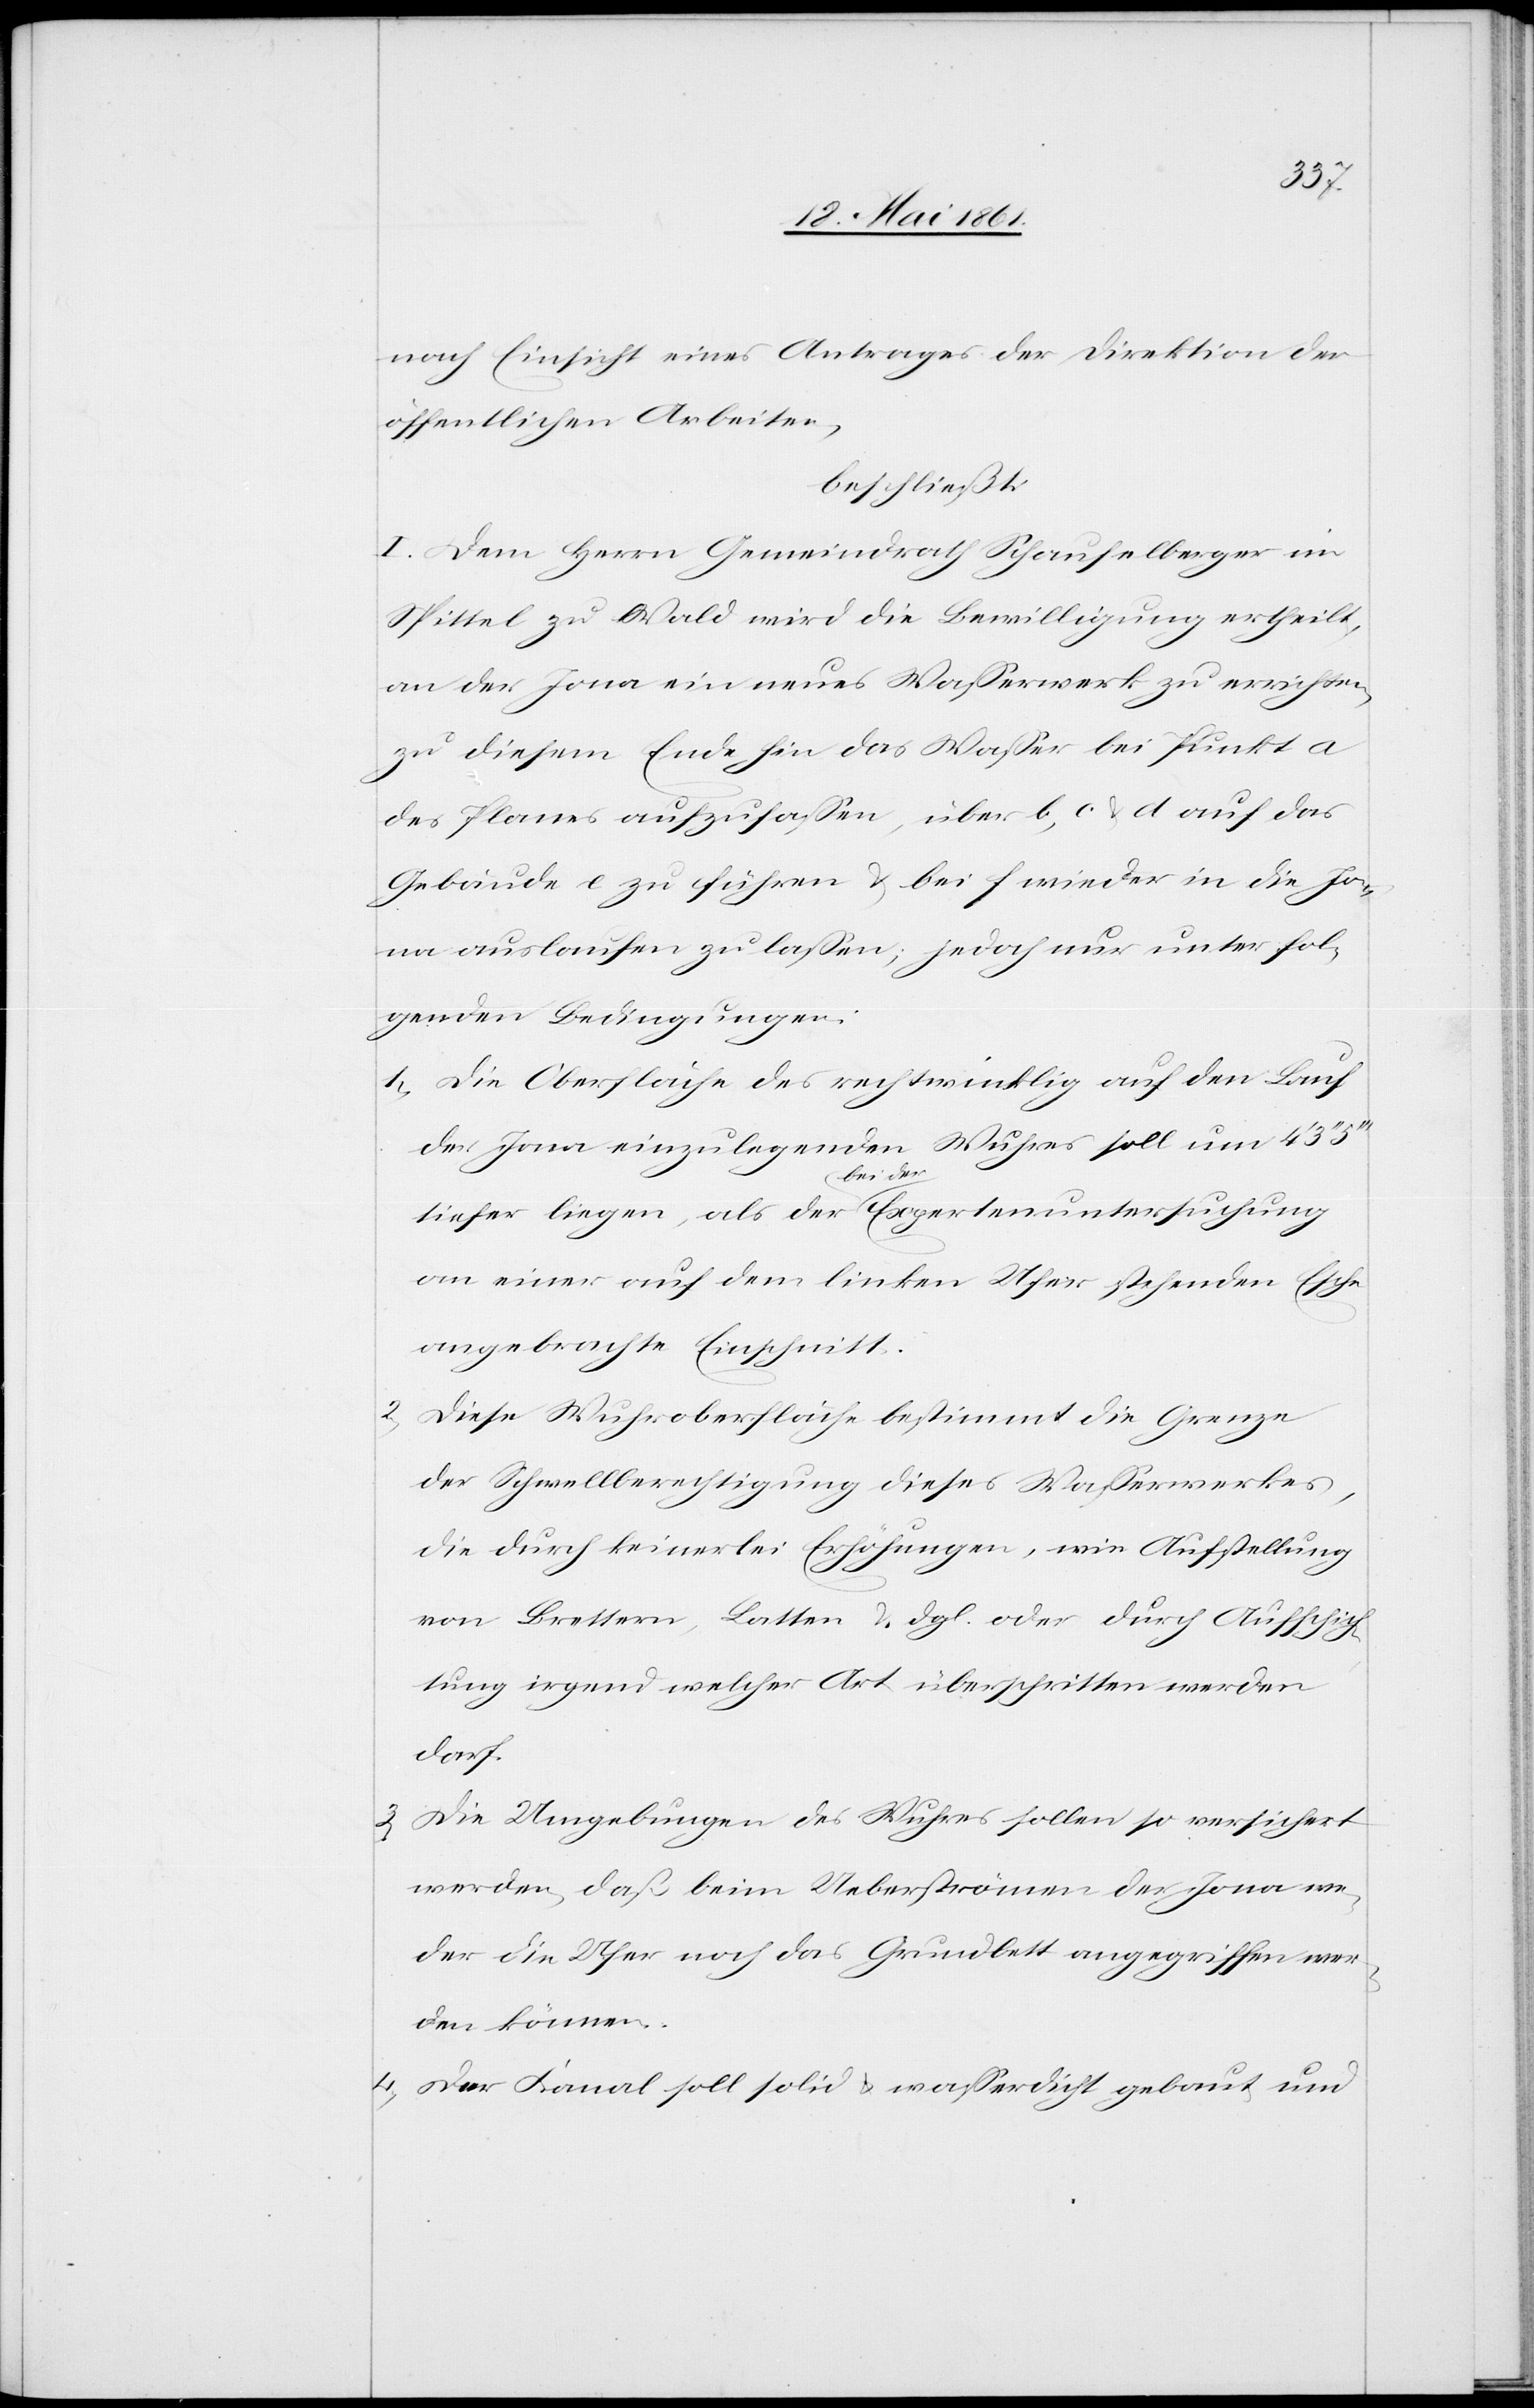
nach Einsicht eines Antrages der Direktion der
öffentlichen Arbeiten,
beschließt:
I. Dem Herrn Gemeindrath Schaufelberger im
Spittel zu Wald wird die Bewilligung ertheilt,
an der Jona ein neues Wasserwerk zu errichten,
zu diesem Ende hin das Wasser bei Punkt a
des Planes aufzufassen, über b, c u. d auf das
Gebäude e zu führen u. bei f wieder in die Jo¬
na auslaufen zu lassen; jedoch nur unter fol¬
genden Bedingungen:
1. Die Oberfläche des rechtwinklig auf den Lauf
Wuhres soll um 4’ 3’’
der Jona einzulegenden
tiefer liegen, als der bei der Expertenuntersuchung
an einer auf dem linken Ufer stehenden Eiche
angebrachte Einschnitt.
2. Diese Wuhroberfläche bestimmt die Grenze
der Schwellberechtigung dieses Wasserwerkes,
die durch keinerlei Erhöhungen, wie Aufstellung
von Brettern, Latten u. dgl. oder durch Aufschich¬
tung irgend welcher Art überschritten werden
darf.
3. Die Umgebungen des Wuhres sollen so versichert
werden, daß beim Ueberströmen der Jona we¬
der die Ufer noch das Grundbett angegriffen wer¬
den können.
4. Der Kanal soll solid u. wasserdicht gebaut und